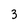
Character: 3